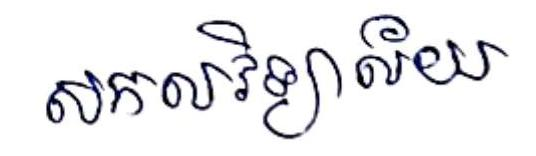
សកលវិទ្យាល័យ